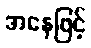
အနေဖြင့်